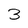
Character: 3